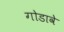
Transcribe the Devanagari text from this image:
गोडावे